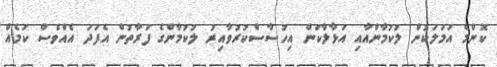
ކޮންމެ އަމަލަކުން ލުކުމާންއާއި އަޅާލާކަން އިހުސާސްކުރުވާއިރު ލުކުމާންގެ ފަރާތުން އެފަދަ އެއްވެސް ކަމެއް